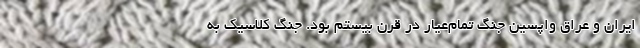
ایران و عراق واپسین جنگ تمام‌عیار در قرن بیستم بود. جنگ کلاسیک به